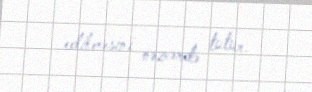
edilməsini nəzərdə tutur.